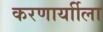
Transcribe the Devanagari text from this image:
करणार्याीला